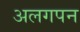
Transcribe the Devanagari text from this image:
अलगपन